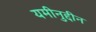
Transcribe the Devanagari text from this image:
यमीनुद्दीन